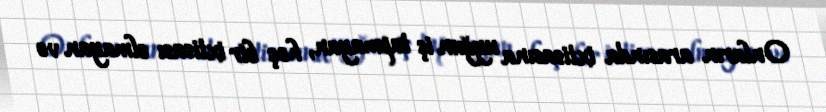
Onların arasında ixtisasına uyğun iş tapmayan, heç bir ixtisası olmayan və